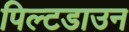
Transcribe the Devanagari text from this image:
पिल्टडाउन